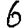
Digit: 6